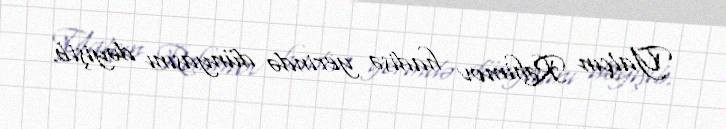
Yalçın Rəhimov hadisə yerində dünyasını dəyişib.